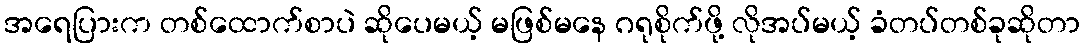
အရေပြားက တစ်ထောက်စာပဲ ဆိုပေမယ့် မဖြစ်မနေ ဂရုစိုက်ဖို့ လိုအပ်မယ့် ခံတပ်တစ်ခုဆိုတာ